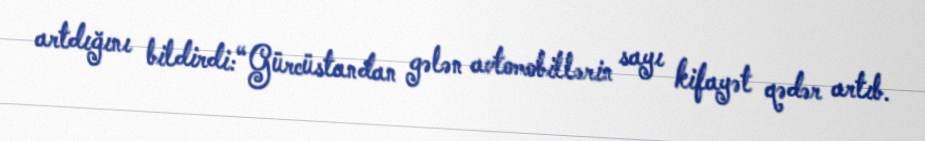
artdığını bildirdi:“Gürcüstandan gələn avtomobillərin sayı kifayət qədər artıb.